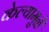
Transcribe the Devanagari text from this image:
केल्यामुळें